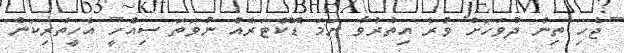
ޖެހި ތިން ދުވަހަށް ވުރެ އިތުރުވާ ނަމަ ޑޮކްޓަރެއް ނުވަތަ ސިއްހީ އެހީތެރިކަން